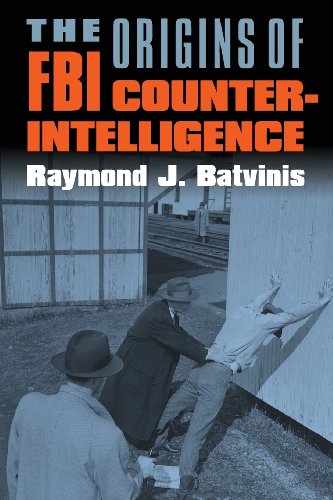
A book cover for The Origins of FBI Counterintelligence; Raymond J. Batvinis; Biographies & Memoirs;